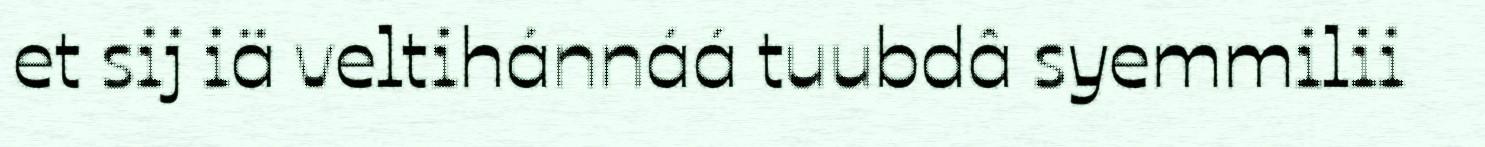
et sij iä veltihánnáá tuubdâ syemmilii